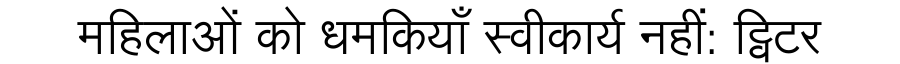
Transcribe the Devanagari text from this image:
महिलाओं को धमकियाँ स्वीकार्य नहीं: ट्विटर